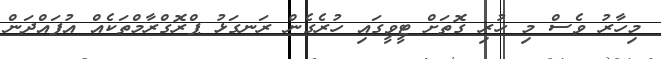
މިހާރު ވެސް މި ހުރި ގޮތަށް ޓީވީގައި ހުރެގެން ރަނގަޅު ޕްރޮގްރާމްތަކެއް އުފައްދަން